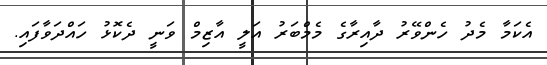
އެކަމާ މެދު ހެންވޭރު ދާއިރާގެ މެމްބަރު އަލީ އާޒިމް ވަނީ ދެކޮޅު ހައްދަވާފައި.